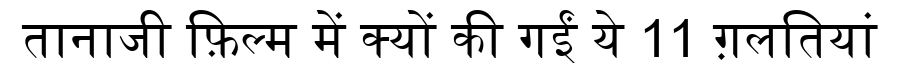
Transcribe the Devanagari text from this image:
तानाजी फ़िल्म में क्यों की गईं ये 11 ग़लतियां